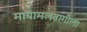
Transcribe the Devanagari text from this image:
मायामलवागौला